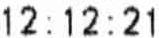
12:12:21